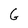
Character: G